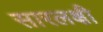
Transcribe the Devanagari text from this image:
सारलक्षी